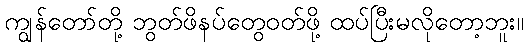
ကျွန်တော်တို့ ဘွတ်ဖိနပ်တွေဝတ်ဖို့ ထပ်ပြီးမလိုတော့ဘူး။